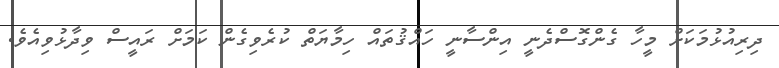
ދިރިއުޅުމަކަށް މީހާ ގެންގޮސްދެނީ އިންސާނީ ހައްޤުތައް ހިމާޔަތް ކުރެވިގެން ކަމަށް ރައީސް ވިދާޅުވިއެވެ.